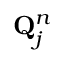
\mathbf { Q } _ { j } ^ { n }